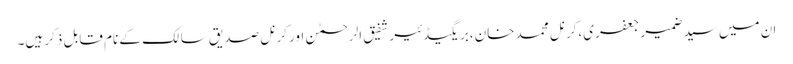
ان میں سید ضمیر جعفری،کرنل محمد خان،بریگیڈئیر شفیق الرحمٰن اور کرنل صدیق سالک کے نام قابل ذکر ہیں۔